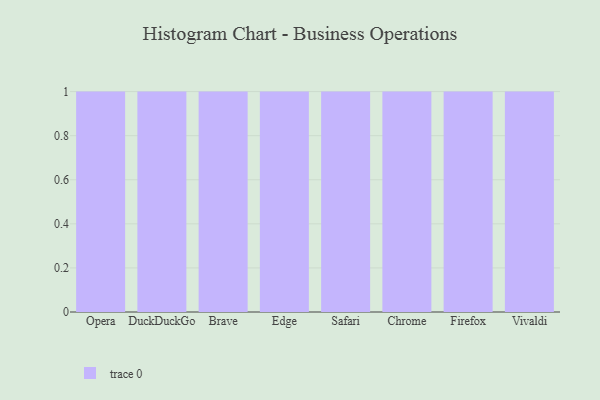
{"axis": {"x": "Browser", "y": "Revenue (USD Million)"}, "legend": [""], "data": [{"x": "Opera", "y": 56, "type": ""}, {"x": "DuckDuckGo", "y": 60, "type": ""}, {"x": "Brave", "y": 13, "type": ""}, {"x": "Edge", "y": 8, "type": ""}, {"x": "Safari", "y": 69, "type": ""}, {"x": "Chrome", "y": 54, "type": ""}, {"x": "Firefox", "y": 15, "type": ""}, {"x": "Vivaldi", "y": 12, "type": ""}]}